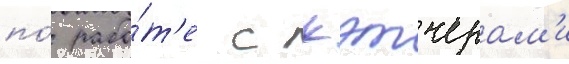
по́ рабо́т'е с кэтчерам'и